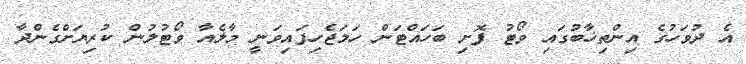
އެ ދުވަހުގެ އިންތިޚާބުގައި ވޯޓު ފޮށި ބަހައްޓަން ހަމަޖެހިފައިވަނީ މާލެއާ ވޯޓުލުން ކުރިޔަށްގެންދާ